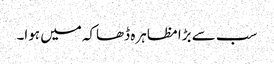
سب سے بڑا مظاہرہ ڈھاکہ میں ہوا۔